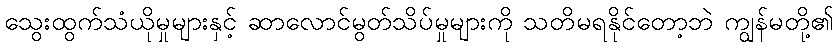
သွေးထွက်သံယိုမှုများနှင့် ဆာလောင်မွတ်သိပ်မှုများကို သတိမရနိုင်တော့ဘဲ ကျွန်မတို့၏